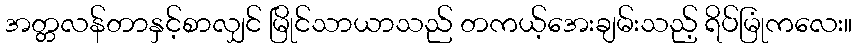
အတ္တလန်တာနှင့်စာလျှင် မြိုင်သာယာသည် တကယ့်အေးချမ်းသည့် ရိပ်မြုံကလေး။